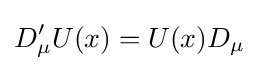
D'_{\mu }U(x)=U(x)D_{\mu }